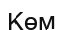
Көм